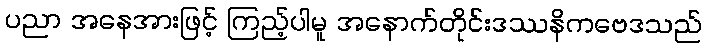
ပညာ အနေအားဖြင့် ကြည့်ပါမူ အနောက်တိုင်းဒဿနိကဗေဒသည်